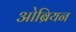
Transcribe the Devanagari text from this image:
ओब्रियन